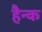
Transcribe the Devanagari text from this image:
हैन्क